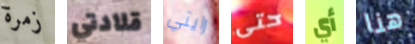
زمرة قلادتي رايتي حتى أي هنا